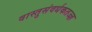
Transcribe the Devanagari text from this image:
वास्तुसंवर्धकतज्ज्ञ